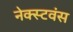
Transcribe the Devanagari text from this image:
नेक्स्टवंस